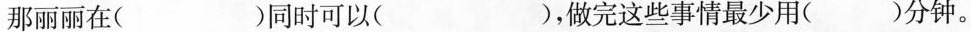
那丽丽在( )同时可以( )，做完这些事情最少用( )分钟。